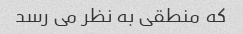
که منطقی به نظر می رسد